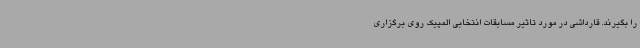
را بگیرند. قارداشی در مورد تاثیر مسابقات انتخابی المپیک روی برگزاری